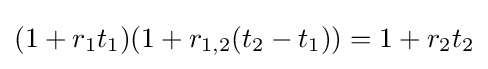
(1+r_{1}t_{1})(1+r_{1,2}(t_{2}-t_{1}))=1+r_{2}t_{2}